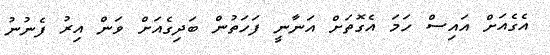
އެގެއަށް އައިސް ހަމަ އެގޮތަށް އަނާނީ ފަހަތުން ބަދިގެއަށް ވަން އިރު ފެނުނު